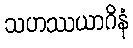
သဟဿယာဂိနံ